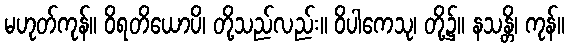
မဟုတ်ကုန်။ ဝိရတိယောပိ၊ တို့သည်လည်း။ ဝိပါကေသု၊ တို့၌။ နသန္တိ၊ ကုန်။